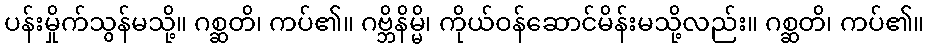
ပန်းမှိုက်သွန်မသို့။ ဂစ္ဆတိ၊ ကပ်၏။ ဂဗ္ဘိနိမ္မိ၊ ကိုယ်ဝန်ဆောင်မိန်းမသို့လည်း။ ဂစ္ဆတိ၊ ကပ်၏။